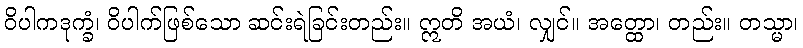
ဝိပါကဒုက္ခံ၊ ဝိပါက်ဖြစ်သော ဆင်းရဲခြင်းတည်း။ ဣတိ အယံ၊ လျှင်။ အတ္ထော၊ တည်း။ တသ္မာ၊